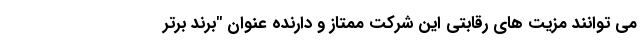
می توانند مزیت های رقابتی این شرکت ممتاز و دارنده عنوان "برند برتر